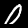
Digit: 0